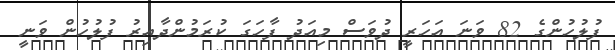
ފުލުހުންގެ 82 ވަނަ އަހަރީ ދުވަސް މިއަދު ފާހަގަ ކުރަމުންދާއިރު ފުލުހުން ވަނީ